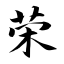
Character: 荣